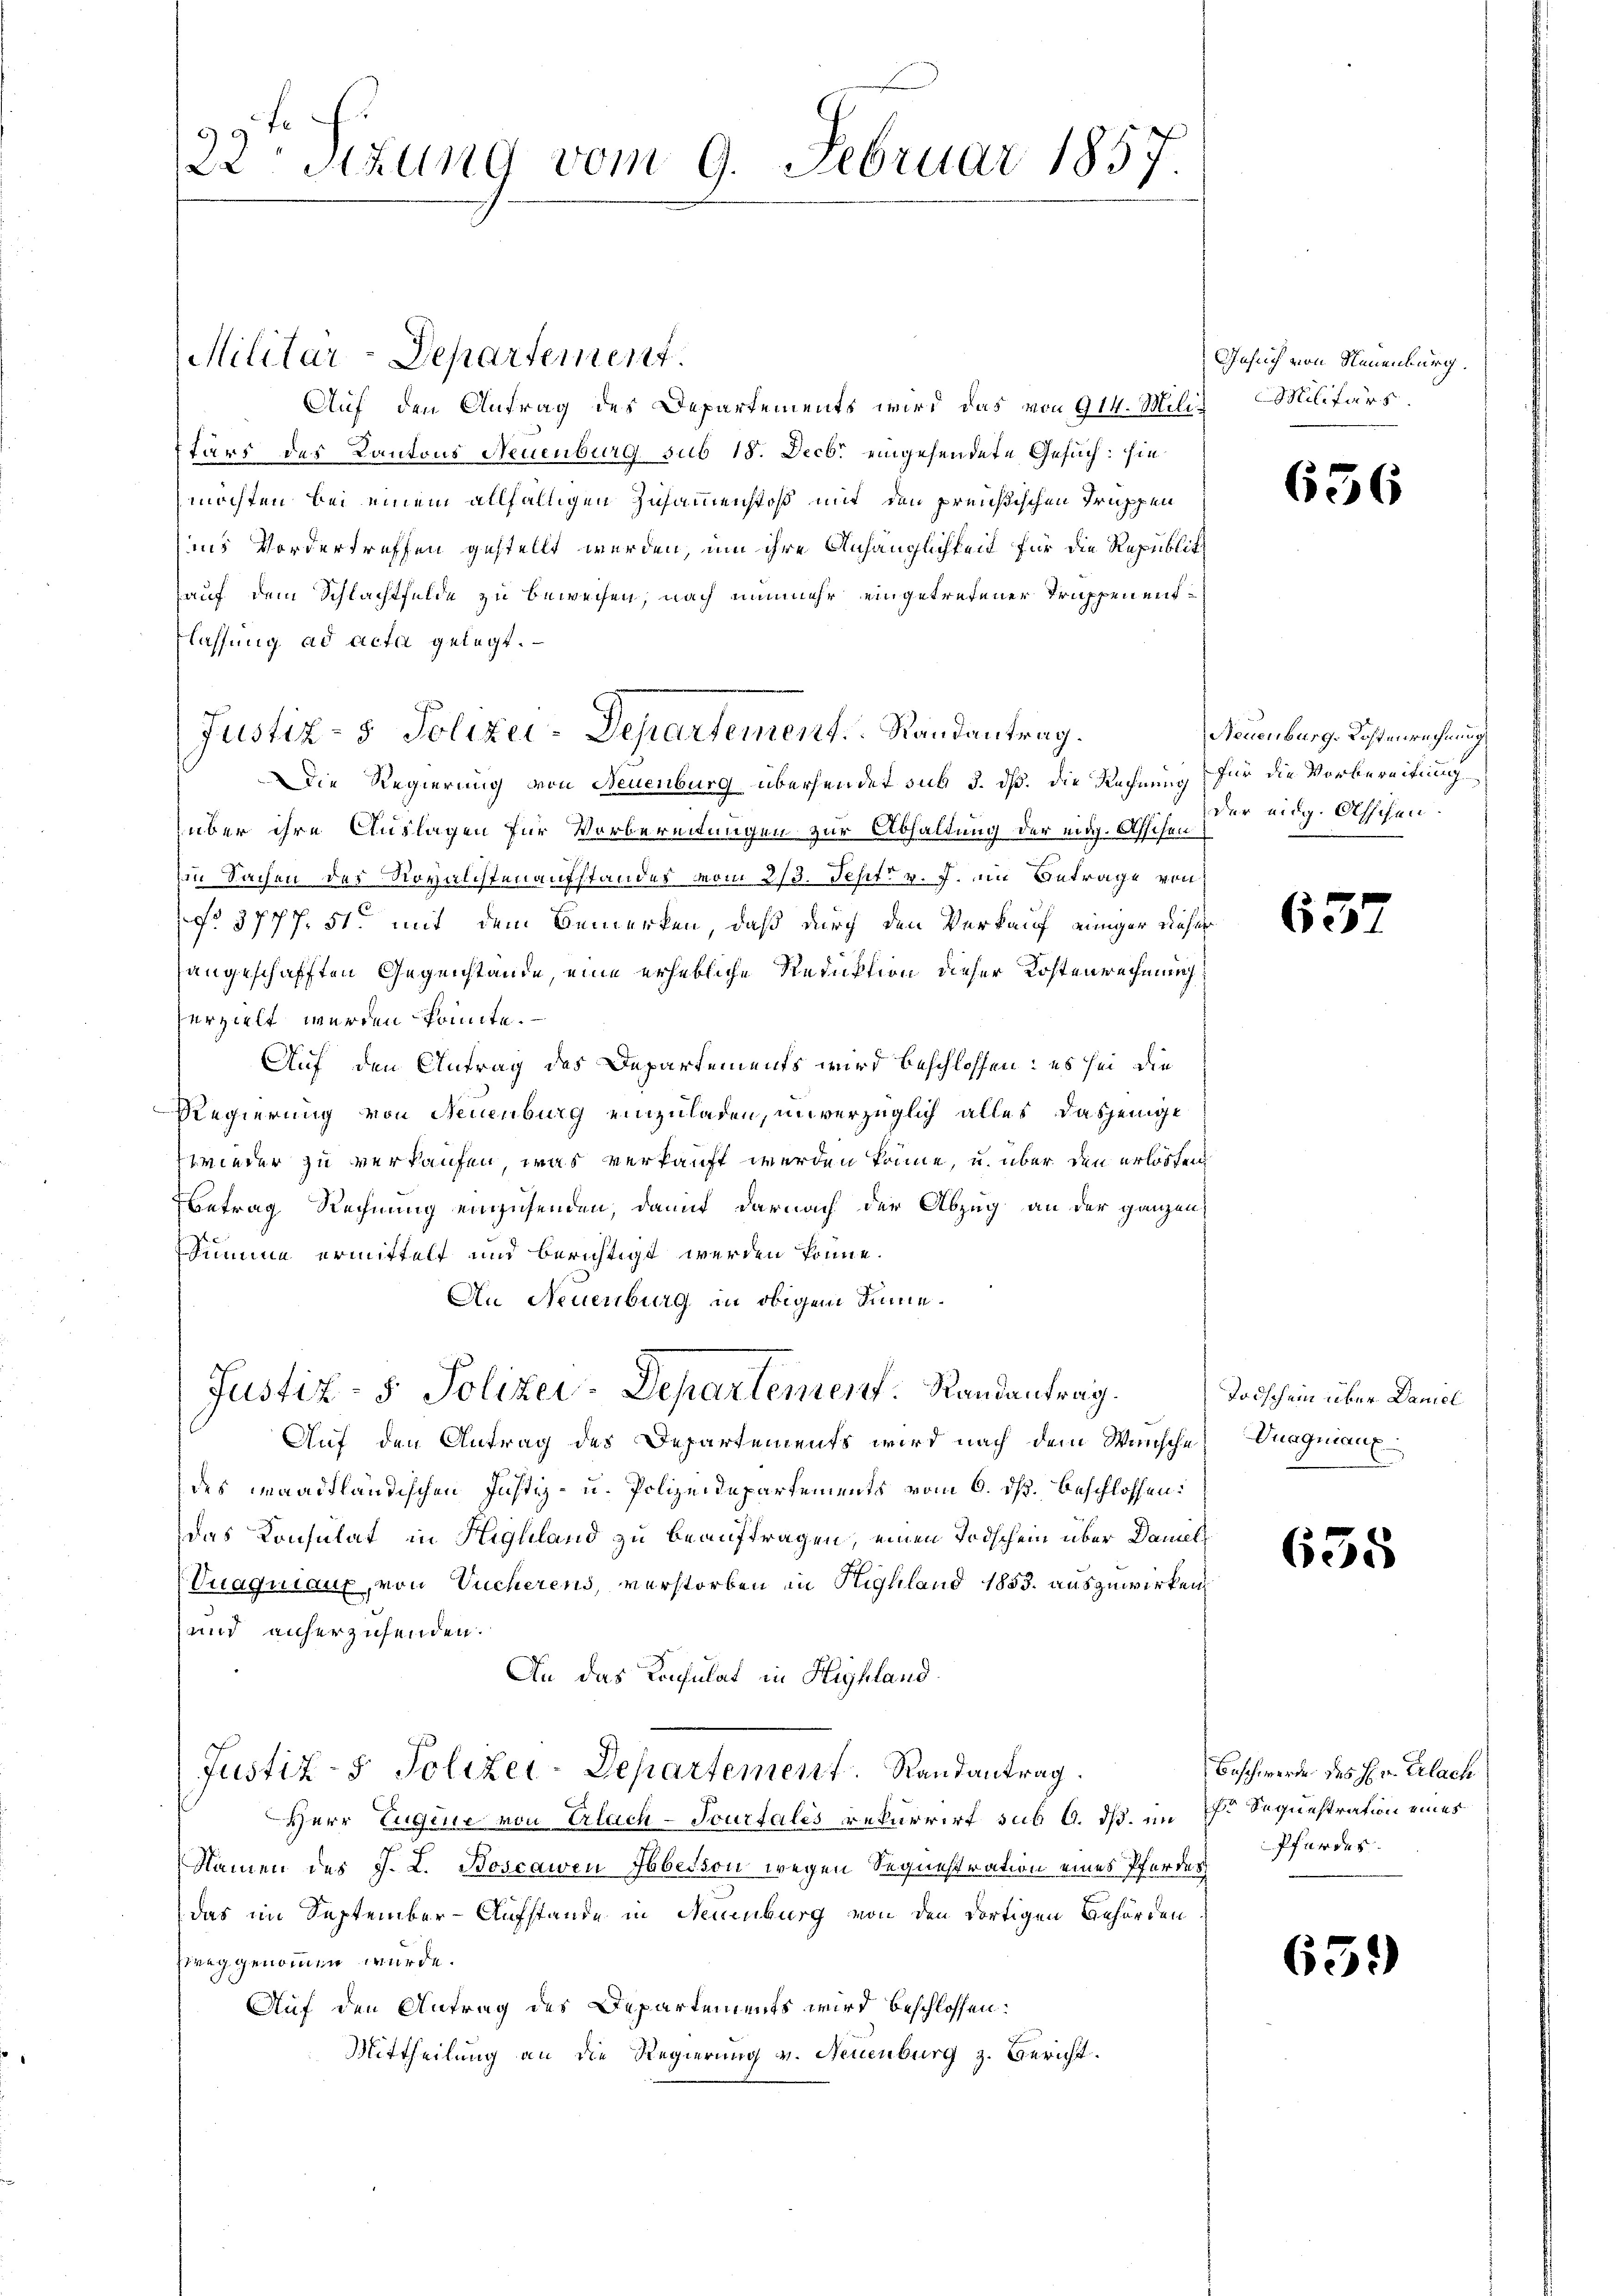
Auf den Antrag des Departements wird das von 914. Militärs des Kantons Neuenburg sub 15. Decbr eingesendete Gesuch: sie
möchten bei einem allfälligen Zusammenstoß mit den preußischen Truppen
ins Vordertreffen gestellt werden, um ihre Anhänglichkeit für die Republich
(auf dem Schlachtfelde zu beweisen, nach nunmehr eingetretener Truppen entflassung ad acta gelegt.
Die Regierung von Neuenburg übersendet sub 3. dß. Die Rechnung für die Vorbereitung
über ihre Auslagen für Vorbereitungen zur Abhaltung der eidg. Ahschen
Ein Sachen des Royalisten aufstandes vom 2/3. Sept v. J. ein Betrage von
No. 3777. 51 mit dem Bemerken, daß durch den Verkauf einiger dieser
angeschafften Gegenstände, eine erhebliche Reduktion dieser Kostenrechnung
serzielt werden könnte.
Auf den Antrag des Departements wird beschlossen: es sei die
-Regierung von Neuenburg einzuladen, unverzüglich alles dasjenige
wieder zu verkaufen, was verkauft werden könne, u. über den erlosten
Betrag Rechnung einzusenden, damit darnach der Abzug an der ganzen
Summe ermittelt und berichtigt werden könne.
An Neuenburg in obigem Sinne¬
Justiz- & Polizei-Departement. Randantrag.
Auf den Antrag des Departements wird nach dem Wunsche Vuaqniaux
des waadtländischen Justiz- u. Polizeidepartements vom 6. ds. beschlossen:
das Konsulat in Highland zu beauftragen, einen Todschein über Damel¬
Vuaquiaux, von Vucherens, verstorben in Highland 1853. auszuwirken,
und anherzusenden.
An das Konsulat in Highland
Justiz- & Polizei-Departement. Randantrag.
Herr Eugene von Erlach-Tourtales rekurrirt sub 6. ds. am 7. Sequestration eines
Namen des J. L. Boscawen Heberson wegen Sequestration eines Pferdes
das im September-Aufstande in Neuenburg von den dortigen Behörden
Zweg genommen würde.
Auf den Antrag des Departements wird beschlossen:
Mittheilung an die Regierung v. Neuenburg z. Bericht.

122 stung vom 9. Februar 1857.

Militär-Departement.

Justiz- & Polizei-Departement. Randantrag.

Gesuch von Neuenburg.
Militärs

Neuenburg-Kostenrechnung
der eidg. Ahschen.

Todschein über Daniel

Beschwerde des Hr. Erlach
Pfordes

656

63

638

65.)